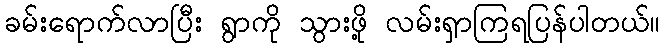
ခမ်းရောက်လာပြီး ရွာကို သွားဖို့ လမ်းရှာကြရပြန်ပါတယ်။